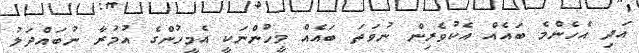
އަދި އެހެންމެ ބައެއް އެކުވެރިން ނުވަތަ ބައެއް މީހުންނަކީ އެމީހުންގެ އުމުރާ ނުބައްދަލު